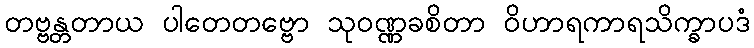
တဗ္ဗန္တတာယ ပါတေတဗ္ဗော သုဝဏ္ဏခစိတာ ဝိဟာရကာရသိက္ခာပဒံ